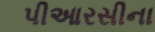
પીઆરસીના